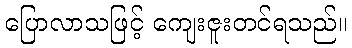
ပြောလာသဖြင့် ကျေးဇူးတင်ရသည်။